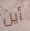
أين